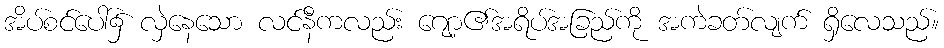
အိပ်စင်ပေါ်၌ လှဲနေသော လင်နီကလည်း ဂျော့၏အရိပ်အခြည်ကို အကဲခတ်လျက် ရှိလေသည်။